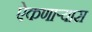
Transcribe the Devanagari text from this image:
ऐकणार्‍यास